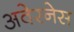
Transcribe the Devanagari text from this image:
अवेरनेस